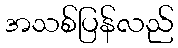
အသစ်ပြန်လည်